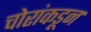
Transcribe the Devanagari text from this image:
चोरांकडून